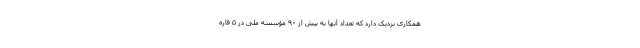
همکاری نزدیک دارد که تعداد آنها به بیش از ۹۰ مؤسسه ملی در ۵ قاره